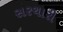
સરચારી